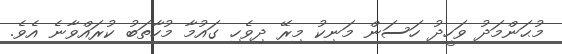
މުޙަންމަދު ވަހީދު ހަސަން މަނިކު މިރޭ ދިވެހި ގައުމާ މުހާތަބު ކުރައްވާނެ އެވެ.